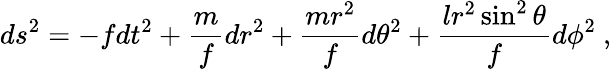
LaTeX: ds^{2}=-fdt^{2}+\frac{m}{f}dr^{2}+\frac{mr^{2}}{f}d\theta^{2}+\frac{lr^{2}\sin^{2}\theta}{f}d\phi^{2}\ ,